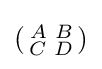
({\begin{smallmatrix}A&B\\C&D\end{smallmatrix}})